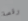
رقصة